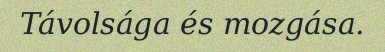
Távolsága és mozgása.